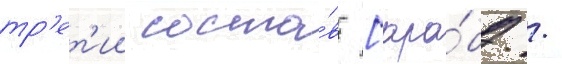
тр'ет'ии соста́в [ара́б. /